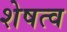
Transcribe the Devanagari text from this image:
शेषत्व